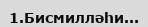
1.Бисмилләһи...